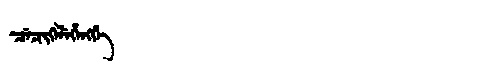
Manchu: ᠴᡝᠴᡳᡴᡝᠯᡝᡥᡝᠩᡤᡝ
Romanization: CECIKELEHENGGE